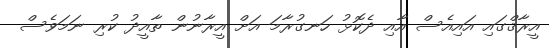
އީރާޤްގައި އައިއެސް އާއި ދެކޮޅު ހަނގުރާމަ އަށް އީރާނުން ތާއީދު ކުރި ނަމަވެސް